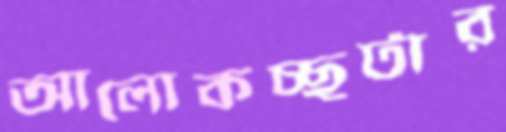
আলোকচ্ছটার